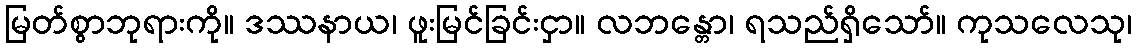
မြတ်စွာဘုရားကို။ ဒဿနာယ၊ ဖူးမြင်ခြင်းငှာ။ လဘန္တော၊ ရသည်ရှိသော်။ ကုသလေသု၊